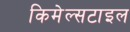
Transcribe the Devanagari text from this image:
किमेल्सटाइल